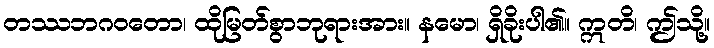
တဿဘဂဝတော၊ ထိုမြတ်စွာဘုရားအား။ နမော၊ ရှိခိုးပါ၏။ ဣတိ၊ ဤသို့။